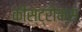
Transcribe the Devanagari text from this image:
कीस्ट्रोक्स